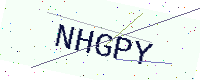
Text: NHGPY